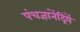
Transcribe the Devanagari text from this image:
पंचज्ञानेंद्रियें